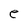
Character: e